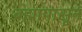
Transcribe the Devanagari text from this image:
ब्रह्मापासून